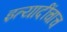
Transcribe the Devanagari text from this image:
इत्यादींचाच